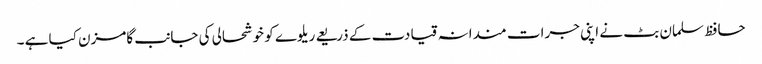
حافظ سلمان بٹ نے اپنی جرات مندانہ قیادت کے ذریعے ریلوے کو خوشحالی کی جانب گامزن کیا ہے ۔